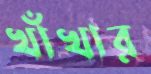
খাঁখার